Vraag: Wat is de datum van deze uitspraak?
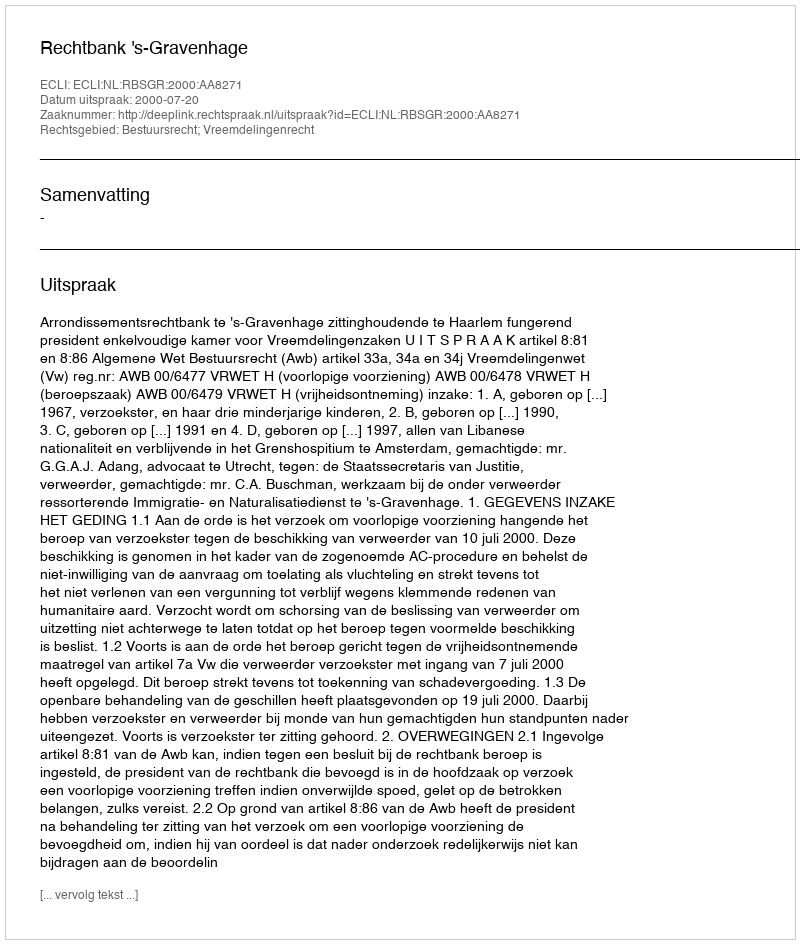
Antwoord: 2000-07-20